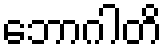
ဘောဂါတိ